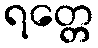
ရတ္တေ